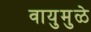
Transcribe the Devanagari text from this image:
वायुमुळे